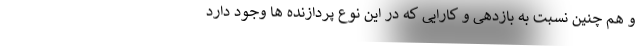
و هم چنین نسبت به بازدهی و کارایی که در این نوع پردازنده ها وجود دارد